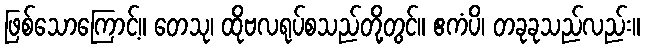
ဖြစ်သောကြောင့်။ တေသု၊ ထိုဗလရုပ်စသည်တို့တွင်။ ဧကံပိ၊ တခုခုသည်လည်း။